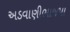
અડવાણીભાજપા